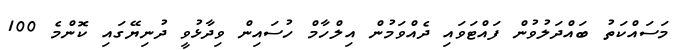
މަސައްކަތު ބައްދަލުވުން ފައްޓަވައި ދެއްވަމުން އިލްހާމް ހުސައިން ވިދާޅުވީ ދުނިޔޭގައި ކޮންމެ 100